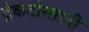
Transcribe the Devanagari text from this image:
ट्रैकटोरसाज़ी